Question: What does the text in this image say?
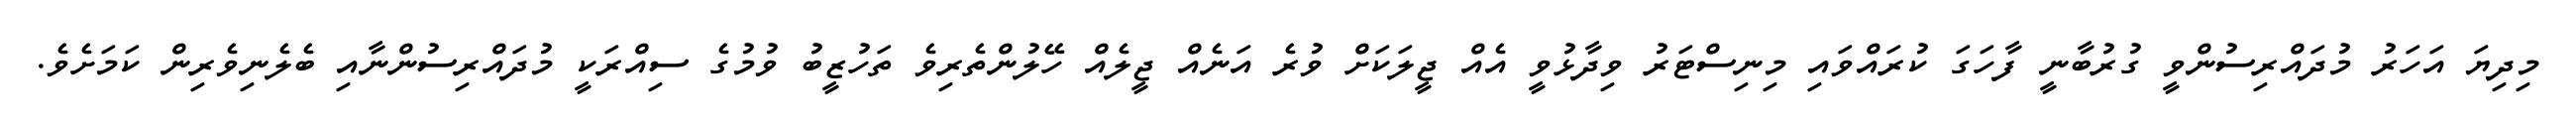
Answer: މިދިޔަ އަހަރު މުދައްރިސުންވީ ގުރުބާނީ ފާހަގަ ކުރައްވައި މިނިސްޓަރު ވިދާޅުވީ އެއް ޖީލަކަށް ވުރެ އަނެއް ޖީލެއް ހޭލުންތެރިވެ ތަހުޒީބު ވުމުގެ ސިއްރަކީ މުދައްރިސުންނާއި ބެލެނިވެރިން ކަމަށެވެ.